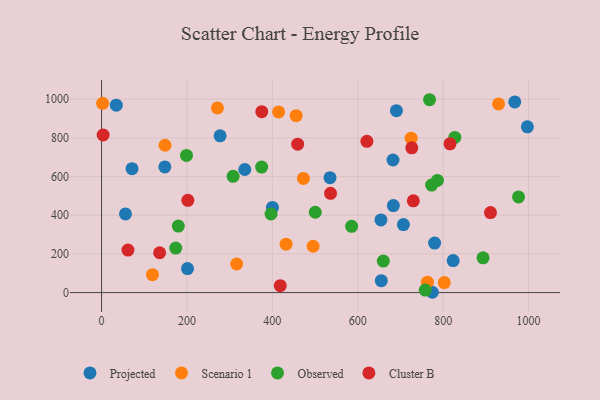
{"axis": {"x": "Distance", "y": "Demand"}, "legend": ["Cluster B", "Observed", "Projected", "Scenario 1"], "data": [{"x": "277.6", "y": 810.4, "type": "Projected"}, {"x": "201.3", "y": 124.2, "type": "Projected"}, {"x": "148.2", "y": 649.7, "type": "Projected"}, {"x": "56.0", "y": 406.6, "type": "Projected"}, {"x": "335.4", "y": 636.3, "type": "Projected"}, {"x": "682.5", "y": 685.6, "type": "Projected"}, {"x": "823.4", "y": 165.4, "type": "Projected"}, {"x": "997.2", "y": 857.1, "type": "Projected"}, {"x": "967.7", "y": 985.8, "type": "Projected"}, {"x": "683.3", "y": 449.9, "type": "Projected"}, {"x": "690.5", "y": 940.5, "type": "Projected"}, {"x": "655.1", "y": 61.5, "type": "Projected"}, {"x": "706.9", "y": 351.6, "type": "Projected"}, {"x": "71.4", "y": 640.9, "type": "Projected"}, {"x": "400.2", "y": 440.2, "type": "Projected"}, {"x": "654.3", "y": 375.6, "type": "Projected"}, {"x": "34.5", "y": 969.1, "type": "Projected"}, {"x": "780.0", "y": 256.2, "type": "Projected"}, {"x": "535.0", "y": 594.1, "type": "Projected"}, {"x": "774.6", "y": 1.6, "type": "Projected"}, {"x": "2.5", "y": 978.7, "type": "Scenario 1"}, {"x": "725.0", "y": 798.5, "type": "Scenario 1"}, {"x": "432.1", "y": 250.2, "type": "Scenario 1"}, {"x": "472.7", "y": 590.3, "type": "Scenario 1"}, {"x": "414.7", "y": 933.9, "type": "Scenario 1"}, {"x": "929.8", "y": 975.7, "type": "Scenario 1"}, {"x": "119.2", "y": 92.4, "type": "Scenario 1"}, {"x": "316.4", "y": 147.9, "type": "Scenario 1"}, {"x": "271.4", "y": 954.7, "type": "Scenario 1"}, {"x": "802.6", "y": 51.6, "type": "Scenario 1"}, {"x": "455.7", "y": 914.8, "type": "Scenario 1"}, {"x": "495.4", "y": 239.7, "type": "Scenario 1"}, {"x": "763.2", "y": 53.9, "type": "Scenario 1"}, {"x": "148.6", "y": 761.8, "type": "Scenario 1"}, {"x": "179.7", "y": 344.0, "type": "Observed"}, {"x": "772.9", "y": 555.7, "type": "Observed"}, {"x": "893.4", "y": 179.9, "type": "Observed"}, {"x": "500.5", "y": 415.4, "type": "Observed"}, {"x": "308.1", "y": 601.3, "type": "Observed"}, {"x": "976.5", "y": 494.4, "type": "Observed"}, {"x": "396.9", "y": 406.4, "type": "Observed"}, {"x": "659.8", "y": 163.0, "type": "Observed"}, {"x": "173.7", "y": 229.9, "type": "Observed"}, {"x": "827.3", "y": 802.4, "type": "Observed"}, {"x": "198.9", "y": 709.3, "type": "Observed"}, {"x": "786.6", "y": 579.7, "type": "Observed"}, {"x": "585.6", "y": 342.4, "type": "Observed"}, {"x": "374.9", "y": 648.8, "type": "Observed"}, {"x": "758.1", "y": 12.9, "type": "Observed"}, {"x": "768.1", "y": 997.2, "type": "Observed"}, {"x": "418.5", "y": 35.9, "type": "Cluster B"}, {"x": "3.7", "y": 814.7, "type": "Cluster B"}, {"x": "910.8", "y": 413.8, "type": "Cluster B"}, {"x": "459.3", "y": 767.4, "type": "Cluster B"}, {"x": "816.0", "y": 769.0, "type": "Cluster B"}, {"x": "136.0", "y": 206.0, "type": "Cluster B"}, {"x": "61.8", "y": 220.0, "type": "Cluster B"}, {"x": "730.1", "y": 474.5, "type": "Cluster B"}, {"x": "536.2", "y": 513.0, "type": "Cluster B"}, {"x": "202.1", "y": 477.1, "type": "Cluster B"}, {"x": "621.4", "y": 782.1, "type": "Cluster B"}, {"x": "375.2", "y": 935.2, "type": "Cluster B"}, {"x": "726.5", "y": 748.5, "type": "Cluster B"}]}